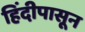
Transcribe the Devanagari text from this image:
हिंदीपासून